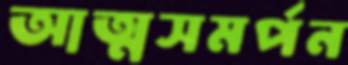
আত্মসমর্পন